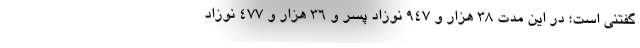
گفتنی است؛ در این مدت ۳۸ هزار و ۹۴۷ نوزاد پسر و ۳۶ هزار و ۴۷۷ نوزاد